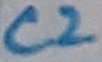
Text: C2